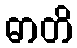
ဓာတိ